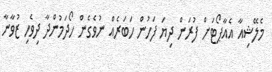
މެލޭޝިއާ އެއާޕޯޓަށް ފުރަން ދިޔަ ފަހުން ހަބަރެއް ނުވެގެން ހޯދަމުންދާ ދިވެހި ޒުވާނާ